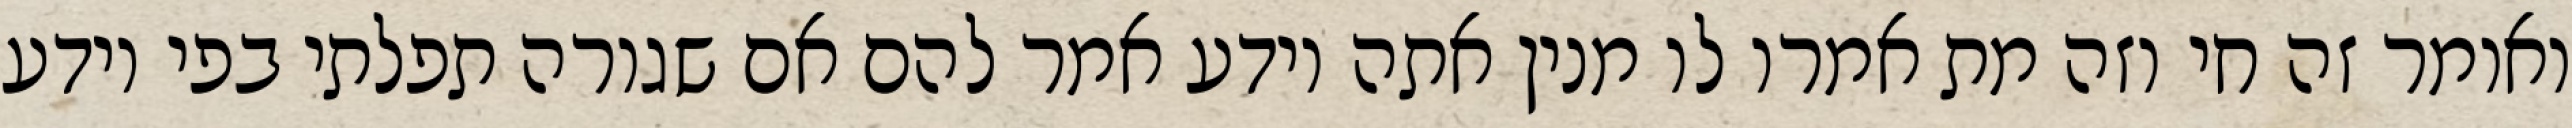
ואומר זה חי וזה מת אמרו לו מנין אתה יודע אמר להם אם שגורה תפלתי בפי יודע